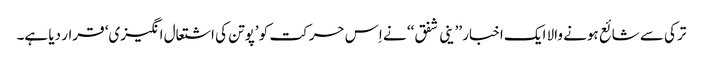
ترکی سے شائع ہونے والا ایک اخبار ’’ ینی شفق‘‘ نے اِس حرکت کو ’پوتن کی اشتعال انگیزی‘ قرار دیا ہے۔